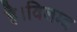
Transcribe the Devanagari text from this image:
है।विलम्ब